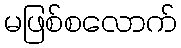
မဖြစ်စလောက်